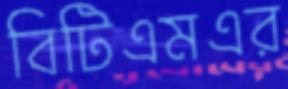
বিটিএমএর